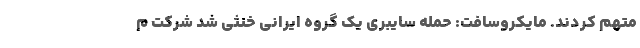
متهم کردند. مایکروسافت: حمله سایبری یک گروه ایرانی خنثی شد شرکت م